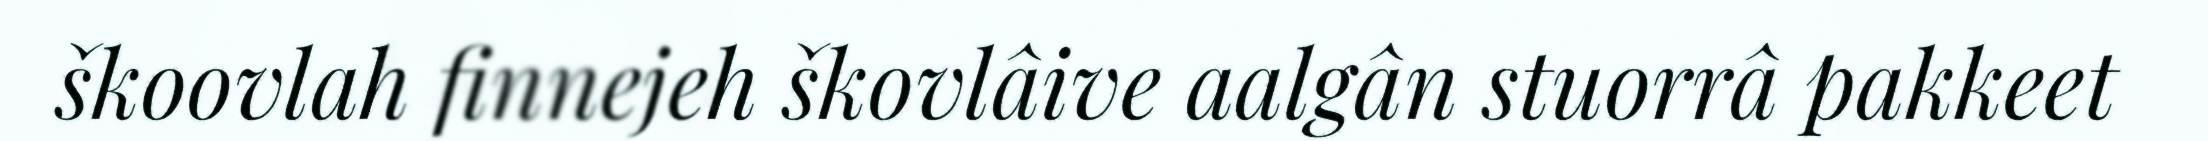
škoovlah finnejeh škovlâive aalgân stuorrâ pakkeet